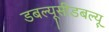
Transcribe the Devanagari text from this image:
डबल्यूसीडबल्यू